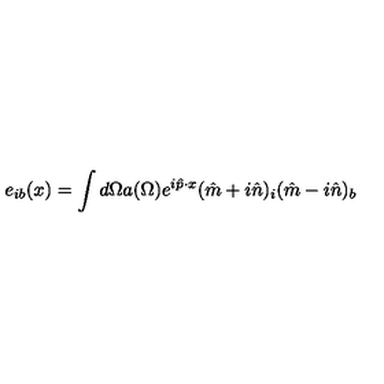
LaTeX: e _ { i b } ( x ) = \int d \Omega a ( \Omega ) e ^ { i { \hat { p } } \cdot x } ( { \hat { m } } + i { \hat { n } } ) _ { i } ( { \hat { m } } - i { \hat { n } } ) _ { b }